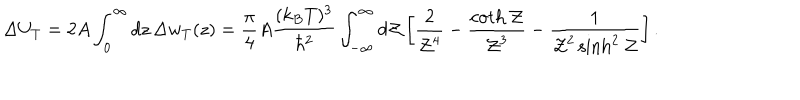
\Delta U _ { T } = 2 A \int _ { 0 } ^ { \infty } d z \, \Delta w _ { T } ( z ) = { \frac { \pi } { 4 } } A { \frac { ( k _ { B } T ) ^ { 3 } } { \hbar ^ { 2 } } } \int _ { - \infty } ^ { \infty } d { \cal Z } \left[ { \frac { 2 } { { \cal Z } ^ { 4 } } } - { \frac { \coth { \cal Z } } { { \cal Z } ^ { 3 } } } - { \frac { 1 } { { \cal Z } ^ { 2 } \sinh ^ { 2 } { \cal Z } } } \right] .